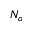
N _ { o }